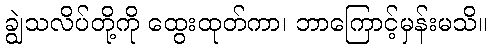
ချွဲသလိပ်တို့ကို ထွေးထုတ်ကာ၊ ဘာကြောင့်မှန်းမသိ။